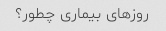
روزهای بیماری چطور؟